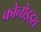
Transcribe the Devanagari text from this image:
कोनोइड्स